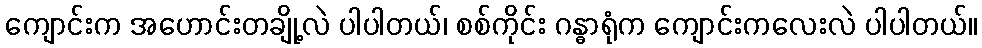
ကျောင်းက အဟောင်းတချို့လဲ ပါပါတယ်၊ စစ်ကိုင်း ဂန္ဓာရုံက ကျောင်းကလေးလဲ ပါပါတယ်။